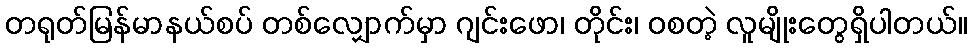
တရုတ်မြန်မာနယ်စပ် တစ်လျှောက်မှာ ဂျင်းဖော၊ တိုင်း၊ ဝစတဲ့ လူမျိုးတွေရှိပါတယ်။